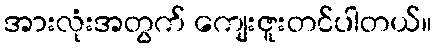
အားလုံးအတွက် ကျေးဇူးတင်ပါတယ်။